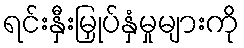
ရင်းနှီးမြှုပ်နှံမှုများကို